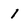
Character: I